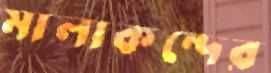
মালাকন্দের